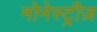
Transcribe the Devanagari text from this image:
मोनेस्ट्रीज़